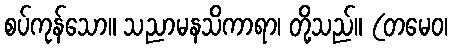
စပ်ကုန်သော။ သညာမနသိကာရာ၊ တို့သည်။ (တမေဝ၊